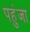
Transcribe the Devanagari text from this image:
पहुंजा